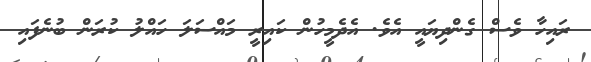
ރައިހާ ވެސް ގެންދިޔައީ އެވެ. އެދެމީހުން ކައިރީ މައްސަލަ ހައްލު ކުރަން ބުނެފައި